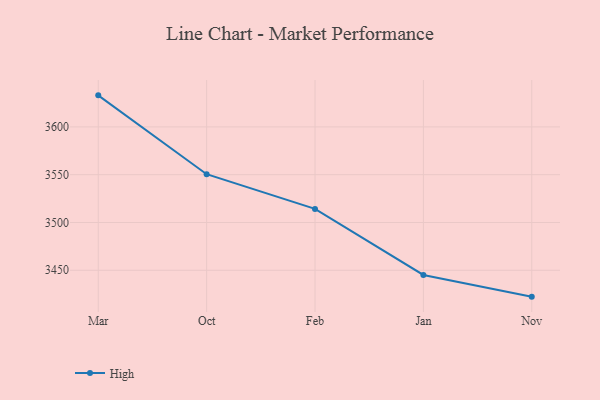
{"axis": {"x": "Month", "y": "Backlog"}, "legend": ["High"], "data": [{"x": "Mar", "y": 3633.0, "type": "High"}, {"x": "Oct", "y": 3550.5, "type": "High"}, {"x": "Feb", "y": 3514.2, "type": "High"}, {"x": "Jan", "y": 3445.1, "type": "High"}, {"x": "Nov", "y": 3422.4, "type": "High"}]}